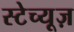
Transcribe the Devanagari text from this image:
स्टेच्यूज़